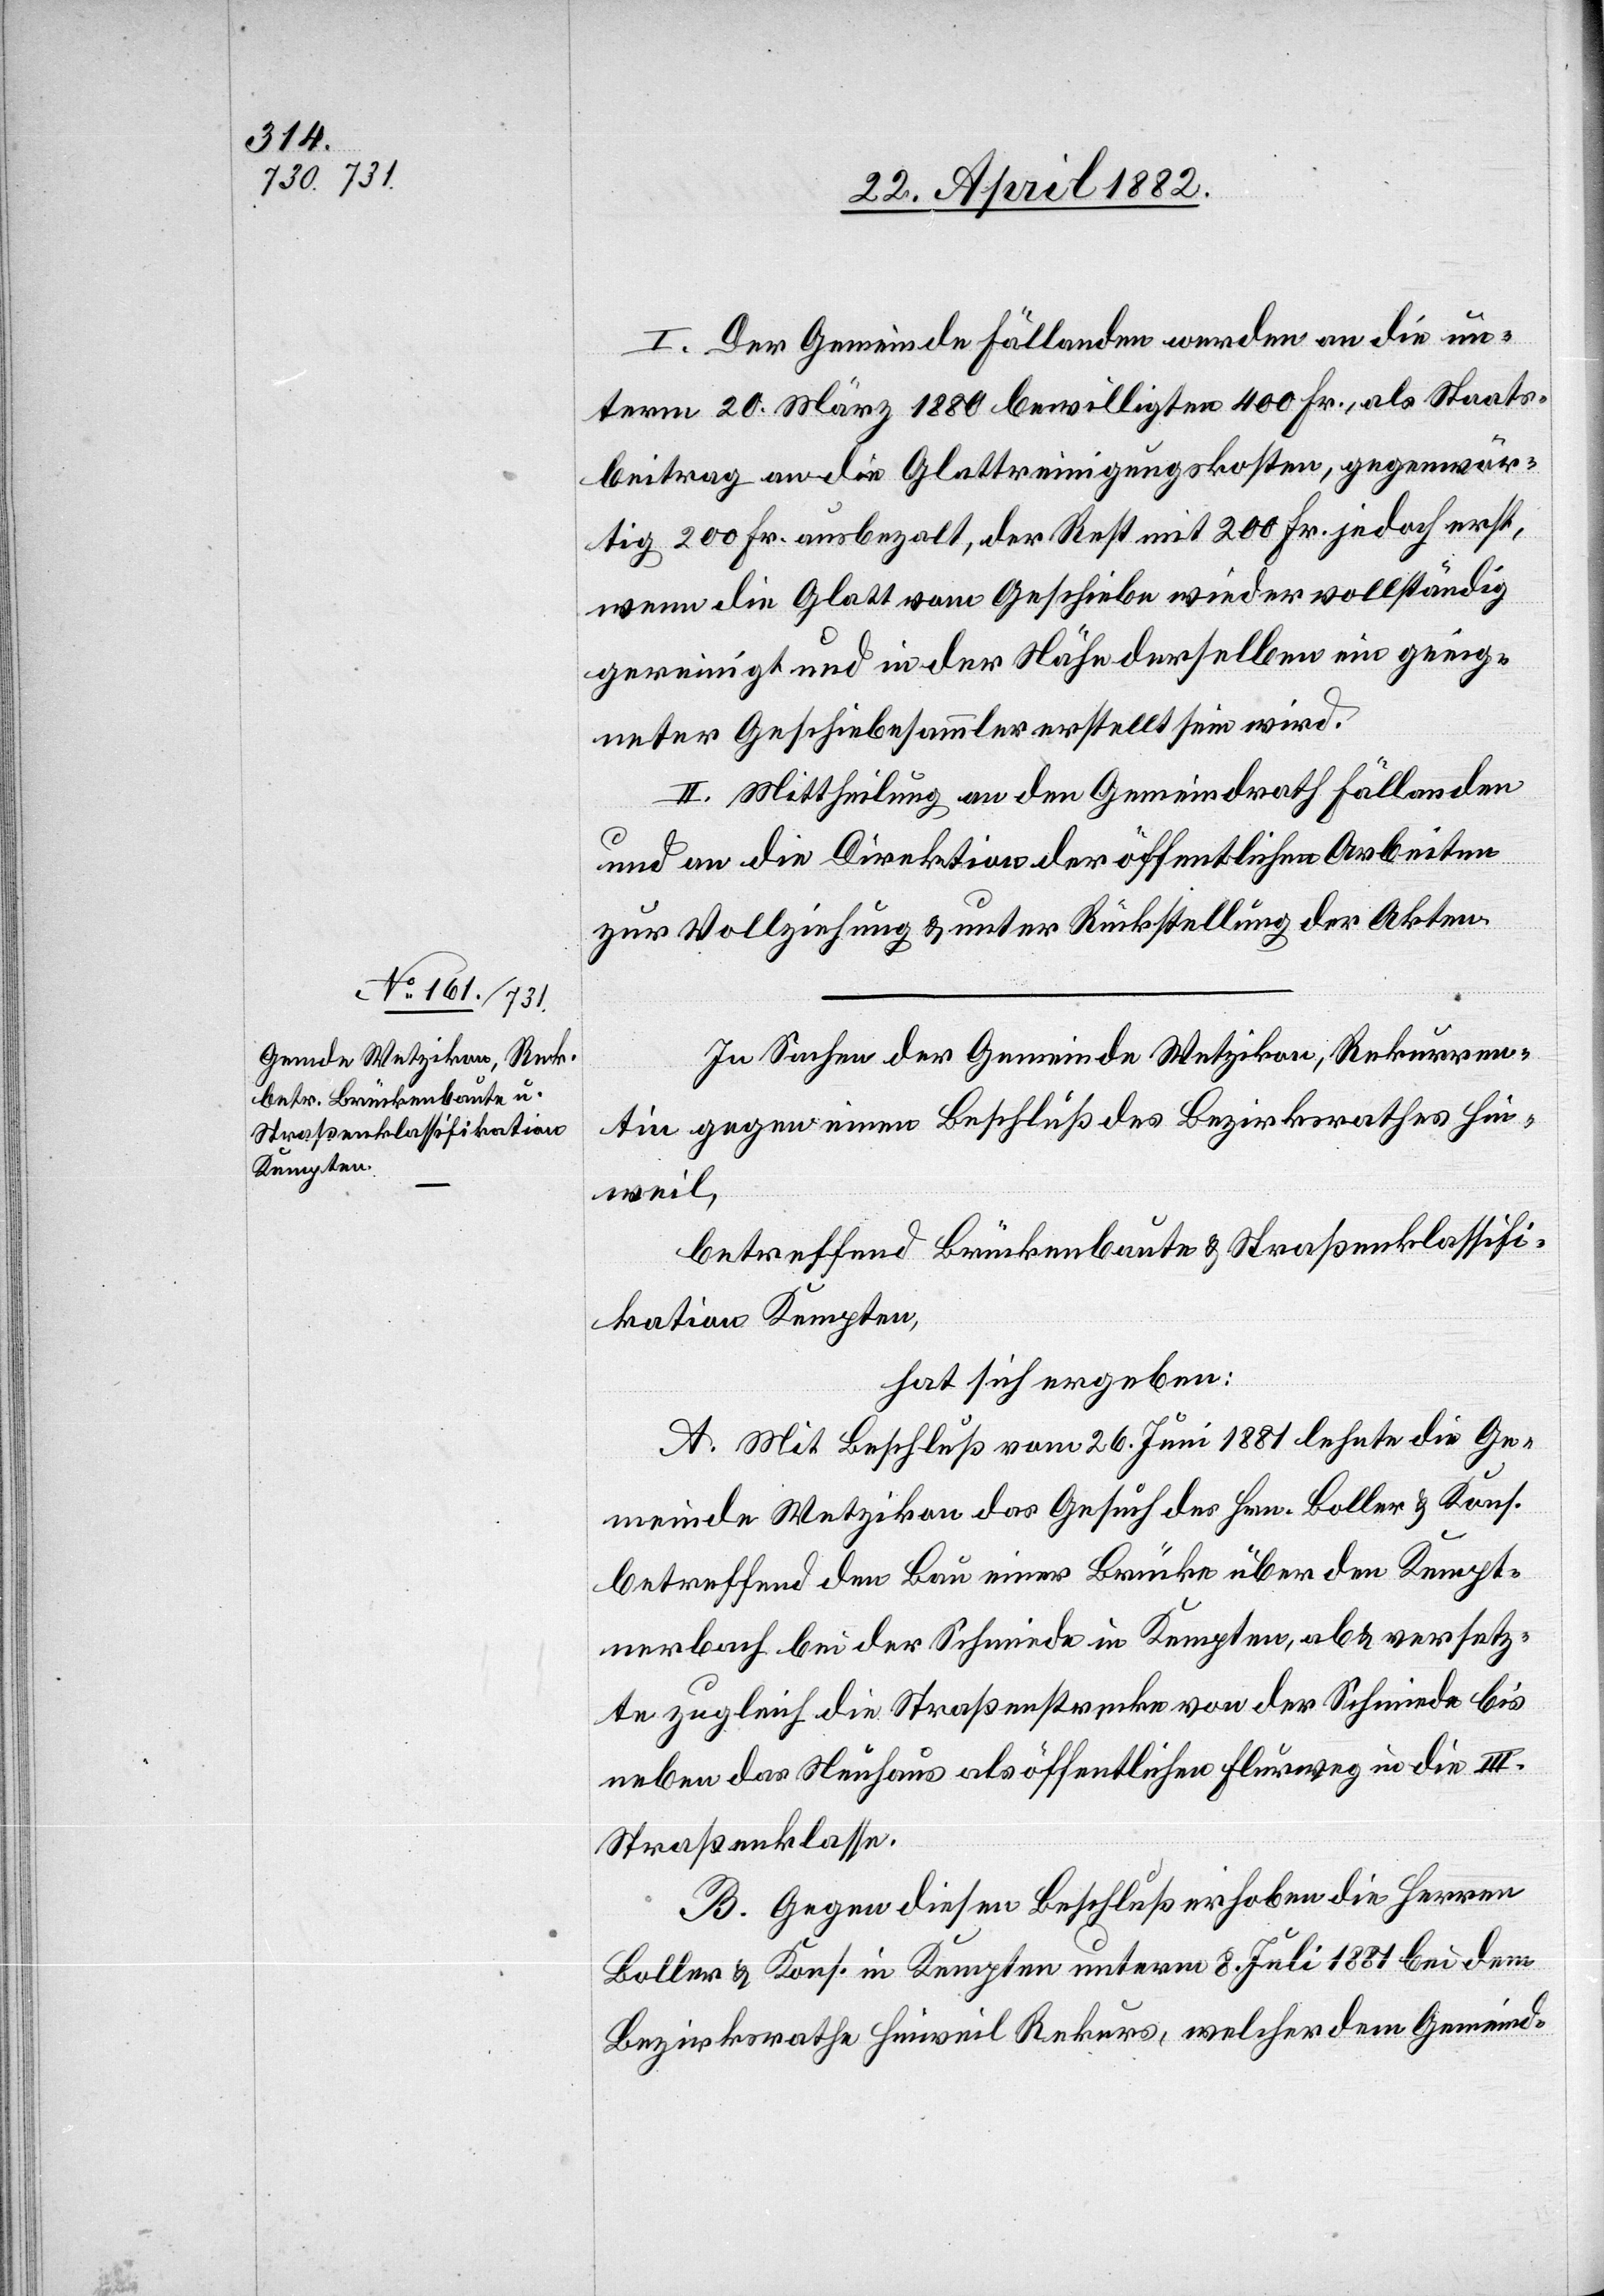
I. Der Gemeinde Fällanden werden an die un¬
term 20. März 1880 bewilligten 400 Fr., als Staats¬
beitrag an die Glattreinigungskosten, gegenwär¬
tig 200 Fr. ausbezahlt, der Rest mit 200 Fr. jedoch erst,
wenn die Glatt vom Geschiebe wieder vollständig
gereinigt und in der Nähe derselben ein geeig¬
neter Geschiebesammler erstellt sein wird.
II. Mittheilung an den Gemeindrath Fällanden
und an die Direktion der öffentlichen Arbeiten
zur Vollziehung & unter Rückstellung der Akten.
In Sachen der Gemeinde Wetzikon, Rekurren¬
tin gegen einen Beschluß des Bezirksrathes Hin¬
weil,
betreffend Brückenbaute & Straßenklassifi¬
kation Kempten,
hat sich ergeben:
A. Mit Beschluß vom 26. Juni 1881 lehnte die Ge¬
meinde Wetzikon das Gesuch des Hrn. Boller & Kons.
betreffend den Bau einer Brücke über den Kempt¬
nerbach bei der Schmiede in Kempten, ab & versetz¬
te zugleich die Straßenstrecke von der Schmiede bis
neben das Neuhaus als öffentlichen Flurweg in die III.
Straßenklasse.
B. Gegen diesen Beschluß erhoben die Herren
Boller & Kons. in Kempten unterm 8. Juli 1881 bei dem
Bezirksrathe Hinweil Rekurs, welcher dem Gemeind-